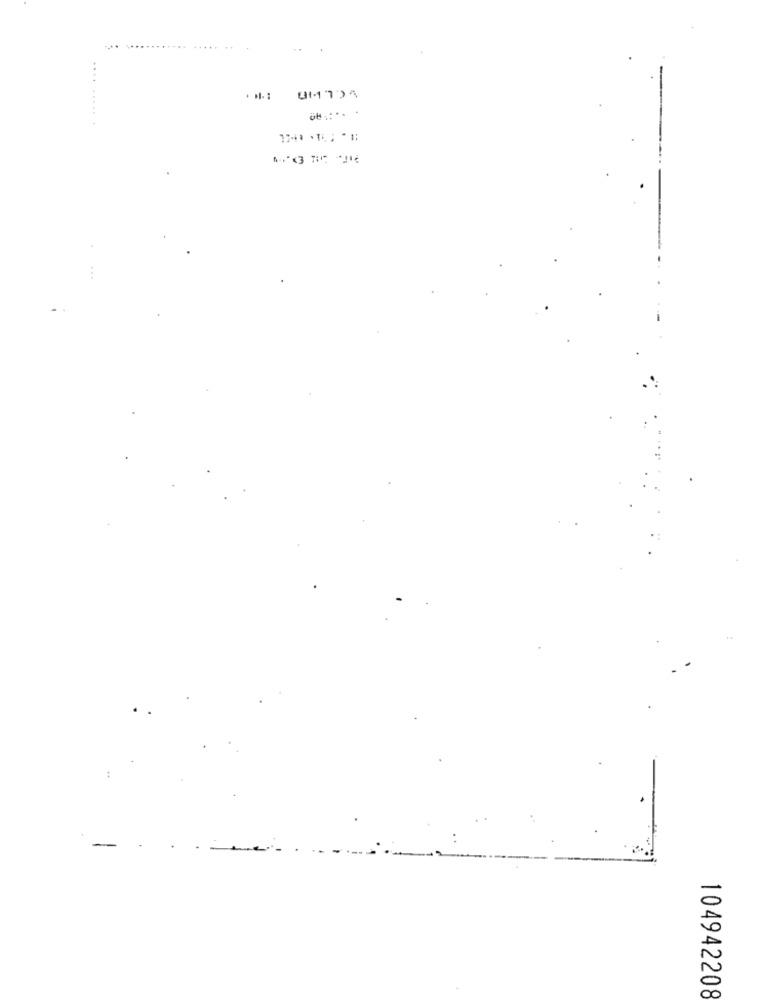
104942208